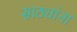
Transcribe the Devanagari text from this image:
साठ्यांना